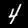
Digit: 4